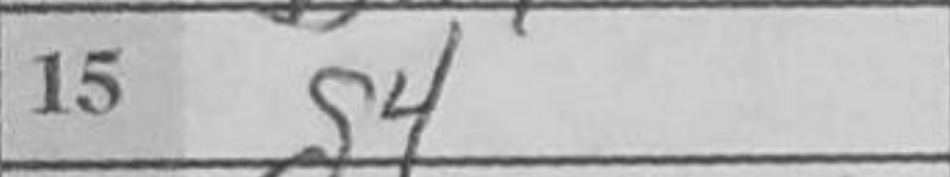
Transcription: g4